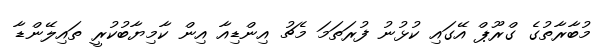
މުބާރާތުގެ ގްރޫޕް އޭގައި ކުޅުނު ފުރަތަމަ މެޗު އިންޑިއާ އިން ކާމިޔާބުކުރީ ތައިލޭންޑާ